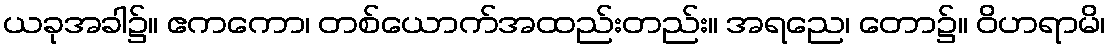
ယခုအခါ၌။ ဧကကော၊ တစ်ယောက်အထည်းတည်း။ အရညေ၊ တော၌။ ဝိဟရာမိ၊